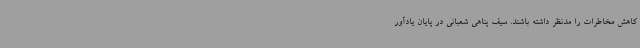
کاهش مخاطرات را مدنظر داشته باشند. سیف پناهی شعبانی در پایان یادآور